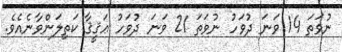
ނުވަތަ 14 ވަނަ ދުވަހު ނުވަތަ 21 ވަނަ ދުވަހު ޢަޤީޤާ ކަތިލަންވާނެއެވެ.